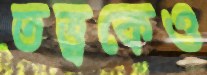
তত্ত্বকেও